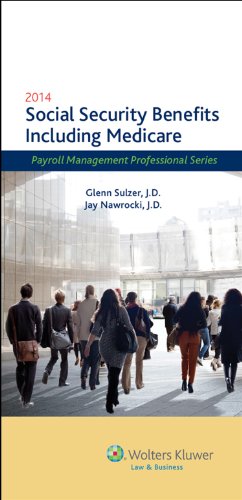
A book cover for Social Security Benefits Including Medicare, 2014 Edition; Glenn Sulzer; Law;